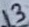
Text: 13